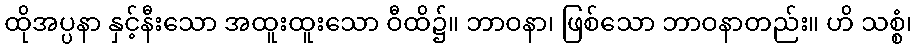
ထိုအပ္ပနာ နှင့်နီးသော အထူးထူးသော ဝီထိ၌။ ဘာဝနာ၊ ဖြစ်သော ဘာဝနာတည်း။ ဟိ သစ္စံ၊